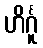
ဟိင်္ဂူ